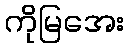
ကိုမြအေး